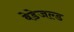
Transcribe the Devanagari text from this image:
बेडेजल्ड